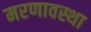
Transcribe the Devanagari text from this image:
मरणावस्था